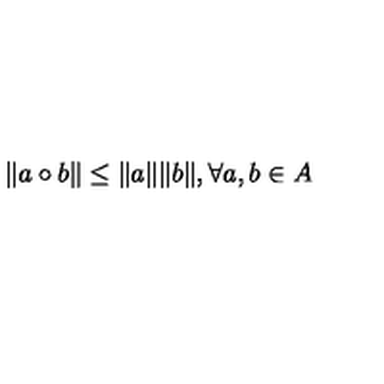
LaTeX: \Vert a \circ b \Vert \leq \Vert a \Vert \Vert b \Vert , \forall a , b \in A